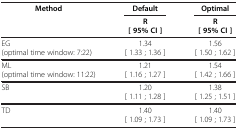
| <ROWSPAN=3> Method | Default | Optimal |
 | R | R |
 | [ 95% CI ] | [ 95% CI ] |
 | --- | --- | --- |
 | EG | 1.34 | 1.56 |
 | (optimal time window: 7:22) | [ 1.33 ; 1.36 ] | [ 1.50 ; 1.62 ] |
 | ML | 1.21 | 1.54 |
 | (optimal time window: 11:22) | [ 1.16 ; 1.27 ] | [ 1.42 ; 1.66 ] |
 | <ROWSPAN=2> SB | 1.20 | 1.38 |
 | [ 1.11 ; 1.28 ] | [ 1.25 ; 1.51 ] |
 | <ROWSPAN=2> TD | 1.40 | 1.40 |
 | [ 1.09 ; 1.73 ] | [ 1.09 ; 1.73 ] |